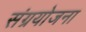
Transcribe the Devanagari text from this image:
संग्रयोजना